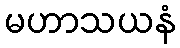
မဟာသယနံ